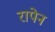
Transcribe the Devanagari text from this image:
रापेन